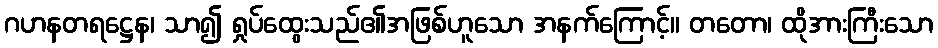
ဂဟနတရဋ္ဌေန၊ သာ၍ ရှုပ်ထွေးသည်၏အဖြစ်ဟူသော အနက်ကြောင့်။ တတော၊ ထိုအားကြီးသော